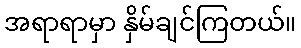
အရာရာမှာ နှိမ်ချင်ကြတယ်။